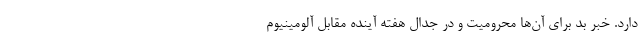
دارد. خبر بد برای آن‌ها محرومیت و در جدال هفته آینده مقابل آلومینیوم